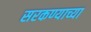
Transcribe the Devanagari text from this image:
सरकण्याच्या